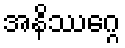
အနိဿဂ္ဂေ